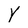
Character: Y